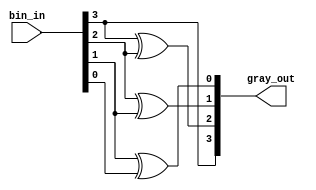
module bin_to_gray_conv(bin_in, gray_out);

	parameter bit_num = 4;

	input [bit_num - 1 :0]bin_in;

	output [bit_num - 1 :0]gray_out;
	
	assign gray_out[bit_num - 1] = bin_in[bit_num - 1];
       	
	genvar i;	
	for (i = bit_num - 2; i>=0; i = i-1)
		assign gray_out[i] = bin_in[i+1]^bin_in[i];
	

endmodule